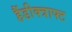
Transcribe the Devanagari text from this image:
हैंडीक्त्राफ्ट